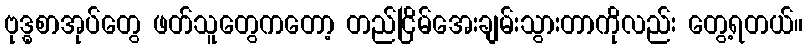
ဗုဒ္ဓစာအုပ်တွေ ဖတ်သူတွေကတော့ တည်ငြိမ်အေးချမ်းသွားတာကိုလည်း တွေ့ရတယ်။